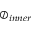
\oslash _ { i n n e r }